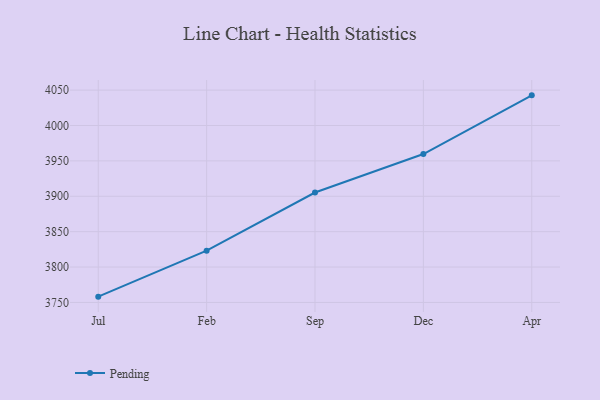
{"axis": {"x": "Month", "y": "Demand Index"}, "legend": ["Pending"], "data": [{"x": "Jul", "y": 3758.2, "type": "Pending"}, {"x": "Feb", "y": 3823.1, "type": "Pending"}, {"x": "Sep", "y": 3905.3, "type": "Pending"}, {"x": "Dec", "y": 3959.7, "type": "Pending"}, {"x": "Apr", "y": 4042.6, "type": "Pending"}]}